Indian journal of veterinary science and animal husbandry - Volumes 22-23, 1952-1953
Year: 1952
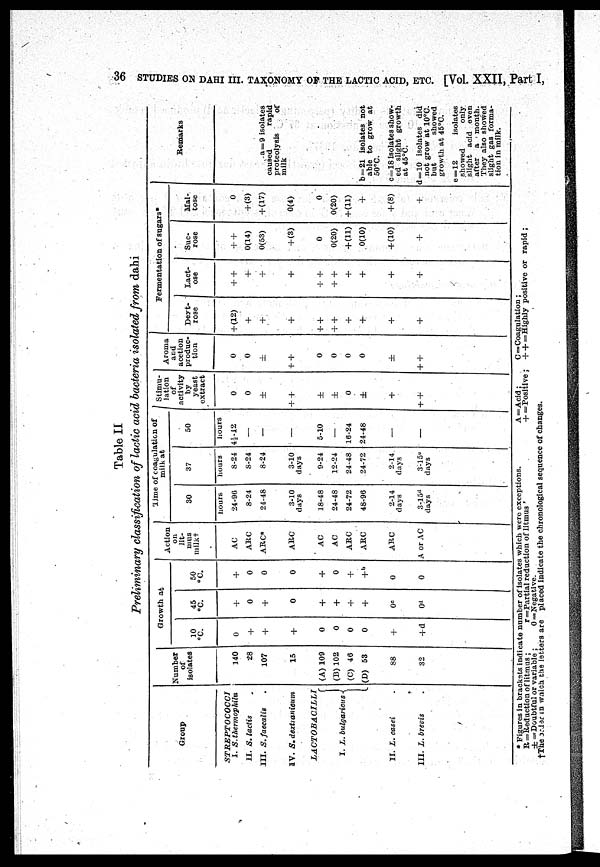
36 STUDIES ON DAHI III. TAXONOMY OF THE LACTIC ACID, ETC. [Vol. XXII, Part I,
Table II
Preliminary classification of lactic acid bacteria isolated from dahi
Group
STREPTOCOCCI
I. S. thermophiliu
II. S. lactis
III. S. faecalis
IV. S. dextranicum
LACTOBACILLI
I. L. bulgaricus
II. L. casei
.
III. L. brevis .
Number
of
isolates
140
28
107
15
(A) 109
(B) 102
(C) 46
(D) 53
88
32
Growth at
10
°C.
0
+
+
+
0
0
0
0
+
+d
45
°C.
+
0
+
0
+
+
+
+
0 c
0 d
50
°c.
+
0
0
0
+
0
+
+ b
0
0
Action
on
lit-
mus
milk†
AC
ARC
ARC a
ARC
AC
AC
ARC
ARC
ARC
A or AC
Time of coagulation of
30
hours
24-96
8-24
24-48
3-10
days
18-48
24-48
24-72
48-96
2-14
days
3-15 d
days
37
hours
8-24
S-24
8-24
3-10
days
9-24
12-24
24-48
24-72
2-14
days
3-15 e
days
50
hours
4½-12
—
—
—
5-10
—
16-24
24-48
—
—
Stimu-
lation
of
activity
by
yeast
extract
0
0
±
+ +
±
±
0
±
+
+ +
Aroma
and
acetion
produc-
tion
0
0
±
+ +
0
0
0
0
±
+ +
Deyt-
rose
+ (12)
+
+
+
+ +
+ +
+
+
+
+
Lact-
ose
+ +
+
+
+
+ +
+ +
+
+
+
+
Suc-
rose
+ +
0(14)
0(53)
+ (3)
0
0(20)
+(11)
0(10)
+(10)
+
Mal-
tose
0
+ (3)
+(17)
0(4)
0
0(20)
+(11)
+
+ (8)
+
Remarks
a=9 isolates
caused
rapid
proteolysis of
milk
b=21 isolates not
able to grow at
50°C.
c=18 isolates show-
ed slight growth
at 45°C.
d=10 isolates did
not grow at 10°C.
but
showed
growth at 45°C.
e = 12
isolates
showed
only
slight acid even
after a month.
They also showed
slight gas forma-
tion in milk.
* Figures in bracksts indicate number of isolates which were exceptions.
R = Reduction of litmus ;
r =Partial reduction of litmus '
± =Doubtful or variable ;
0 =Negative.
†The order in which the letters are placed indicate the chronological sequence of changes.
A = Acid;
C=Coagulation ;
+ =Positive; + + =Highly positive or rapid ;